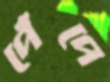
পেঁপে